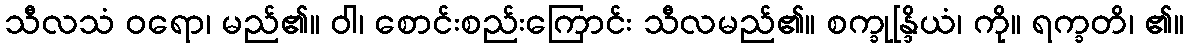
သီလသံ ဝရော၊ မည်၏။ ဝါ၊ စောင်းစည်းကြောင်း သီလမည်၏။ စက္ခုန္ဒြိယံ၊ ကို။ ရက္ခတိ၊ ၏။